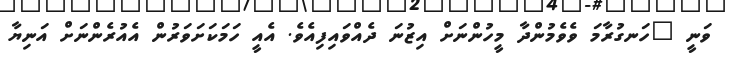
ވަނީ "ހަނގުރާމަ ވެވެމުންދާ މީހުންނަށް އިޒުނަ ދެއްވައިފިއެވެ. އެއީ ހަމަކަށަވަރުން އެއުރެންނަށް އަނިޔާ